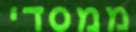
ממסדי